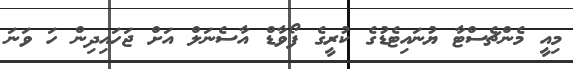
މިއީ މެންޗެސްޓާ ޔުނައިޓެޑުގެ ކުރީގެ ފޯވާޑް އާސެނަލް އަށް ޖަހައިދިން ހަ ވަނަ